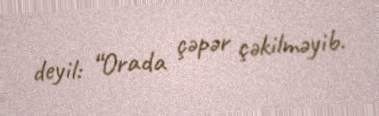
deyil: “Orada çəpər çəkilməyib.